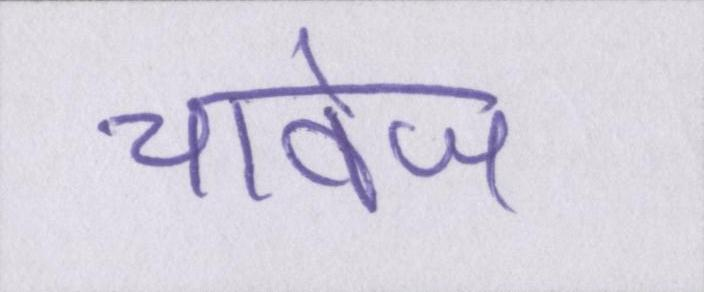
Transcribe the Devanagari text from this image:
चावेज